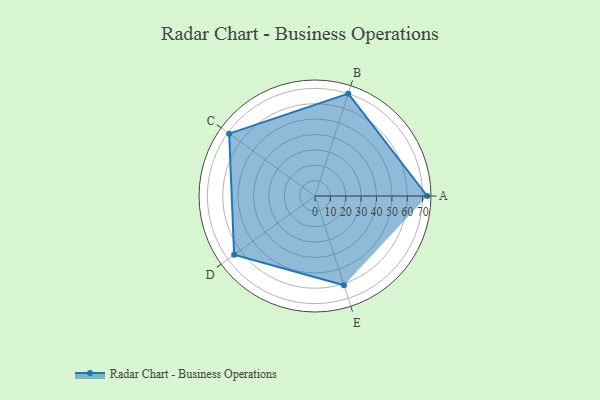
{"axis": {"x": "Skill", "y": "Score"}, "legend": ["Profile"], "data": [{"x": "A", "y": 73.0, "type": "Profile"}, {"x": "B", "y": 70.0, "type": "Profile"}, {"x": "C", "y": 69.0, "type": "Profile"}, {"x": "D", "y": 65.0, "type": "Profile"}, {"x": "E", "y": 61.0, "type": "Profile"}]}